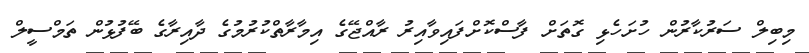
މިބިލް ސަރުކާރުން ހުށަހެޅި ގޮތަށް ފާސްކޮށްފައިވާއިރު ރާއްޖޭގެ އިމާރާތްކުރުމުގެ ދާއިރާގެ ބޭފުޅުން ތަމްސީލް